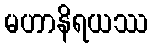
မဟာနိရယဿ